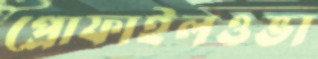
প্রোফাইলওভা